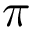
\pi